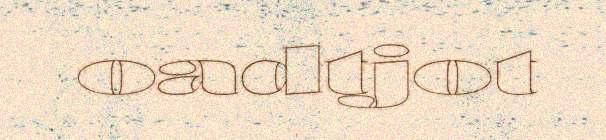
oadtjot